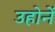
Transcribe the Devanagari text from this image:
उहोनें